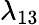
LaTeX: \lambda_{13}